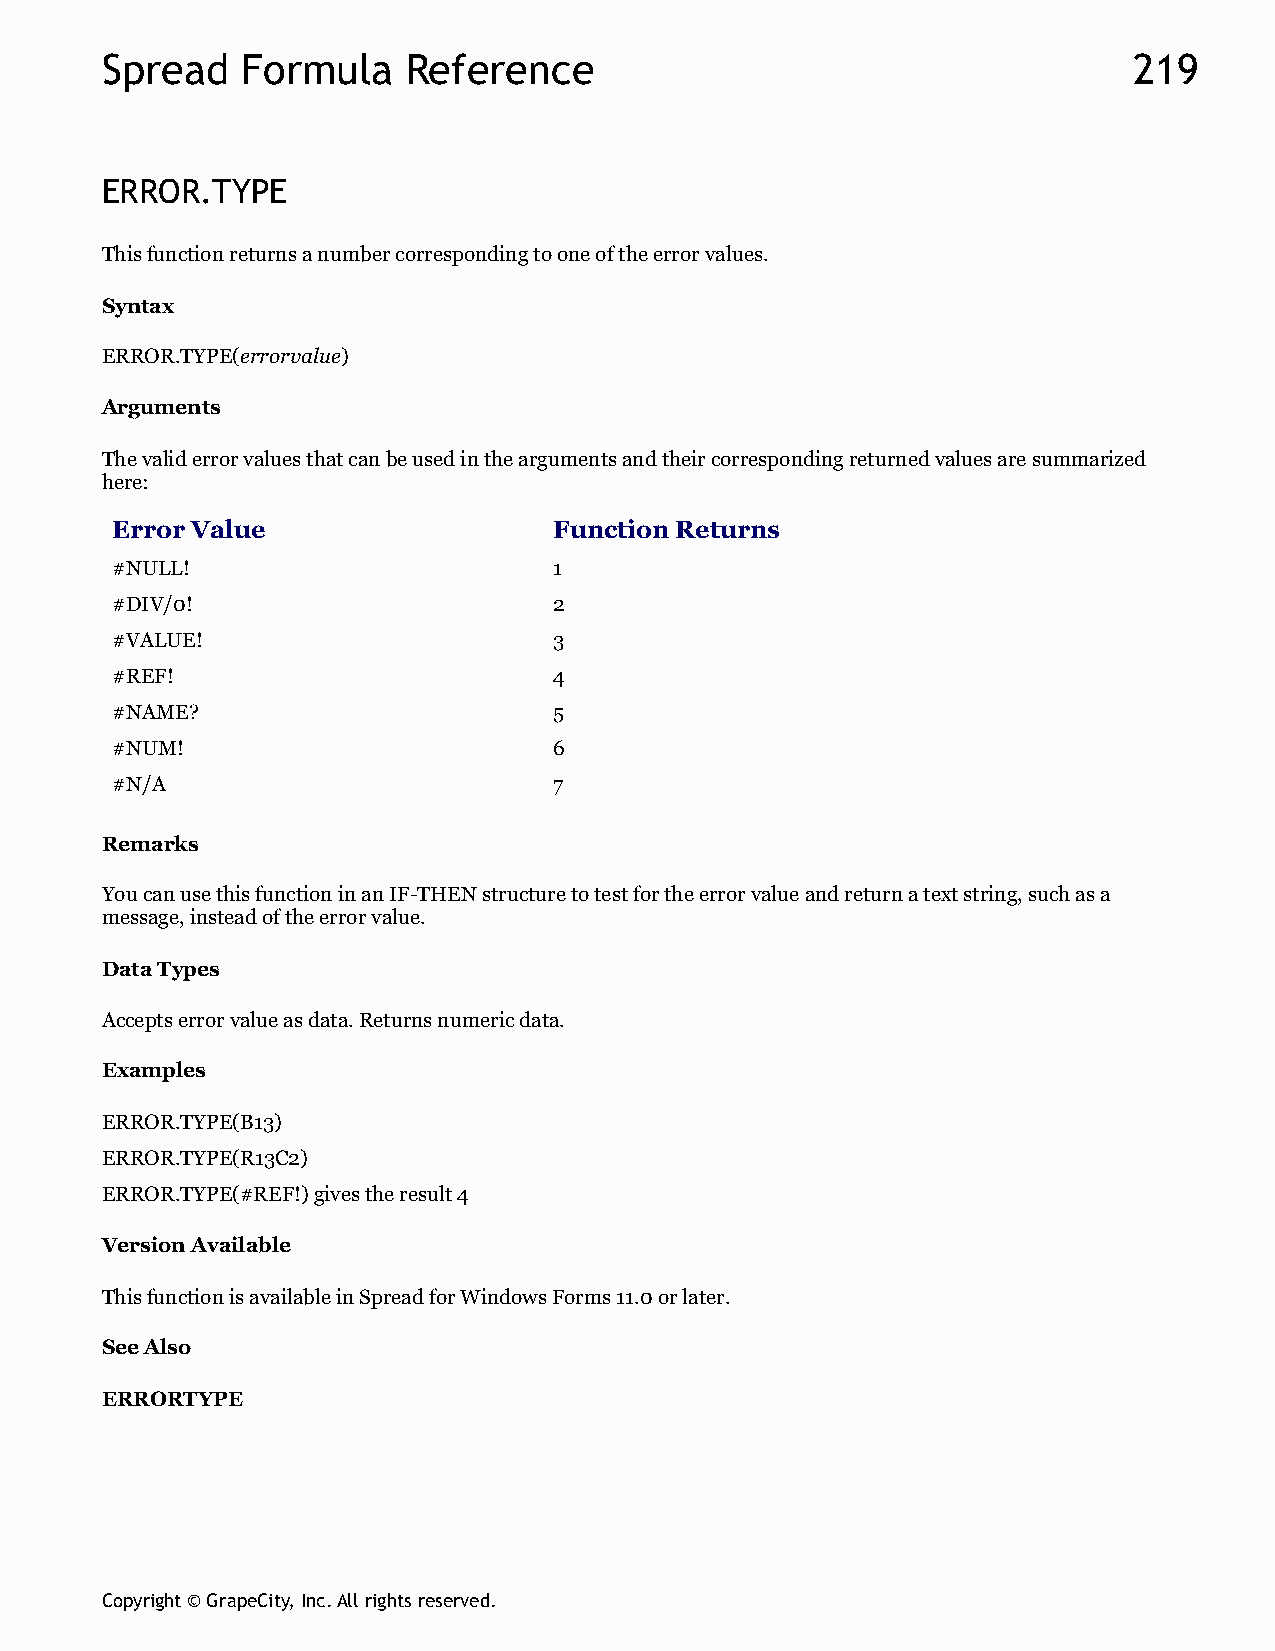
Spread   Formula    Reference                                       219
 ERROR.TYPE
 This function returns a number corresponding to one of the error values.
 Syntax
 ERROR.TYPE(errorvalue)
 Arguments
 The valid error values that can be used in the arguments and their corresponding returned values are summarized
 here:
 Error Value                   Function Returns
 #NULL!                        1
 #DIV/0!                       2
 #VALUE!                       3
 #REF!                         4
 #NAME?                        5
 #NUM!                         6
 #N/A                          7
 Remarks
 You can use this function in an IF-THEN structure to test for the error value and return a text string, such as a
 message, instead of the error value.
 Data Types
 Accepts error value as data. Returns numeric data.
 Examples
 ERROR.TYPE(B13)
 ERROR.TYPE(R13C2)
 ERROR.TYPE(#REF!) gives the result 4
 Version Available
 This function is available in Spread for Windows Forms 11.0 or later.
 See Also
 ERRORTYPE
 Copyright © GrapeCity, Inc. All rights reserved.